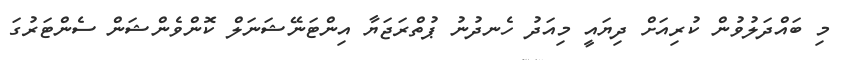
މި ބައްދަލުވުން ކުރިއަށް ދިޔައީ މިއަދު ހެނދުނު ޕުތްރަޖަޔާ އިންޓަނޭޝަނަލް ކޮންވެންޝަން ސެންޓަރުގަ